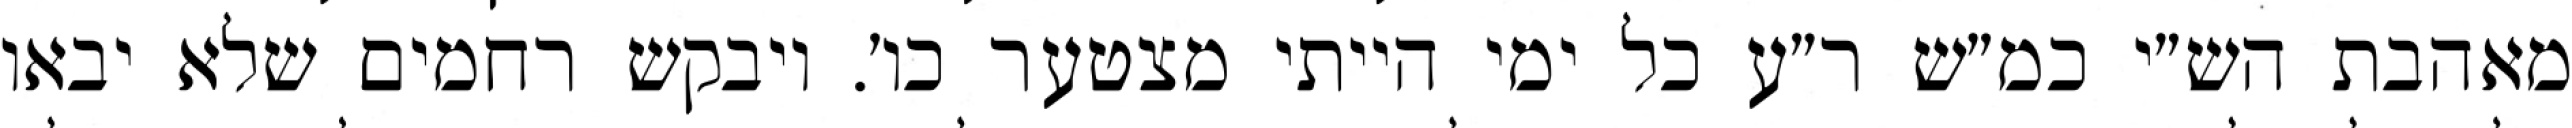
מאהבת הש״י כמ״ש ר״ע כל ימי הייתי מצטער כו׳. ויבקש רחמים שלא יבאו